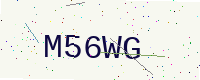
Text: M56WG